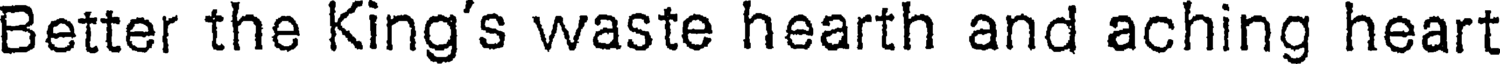
Better the King's waste hearth and aching heart